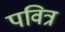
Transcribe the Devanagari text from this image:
पवित्र